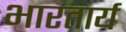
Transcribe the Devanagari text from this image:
भारतार्य